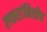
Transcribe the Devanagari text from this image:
लक्तरांनिशीच